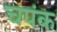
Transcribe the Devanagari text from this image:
चपंक